Vaccination in the Punjab 1897-1904 - 1897-1904
Year: 1897
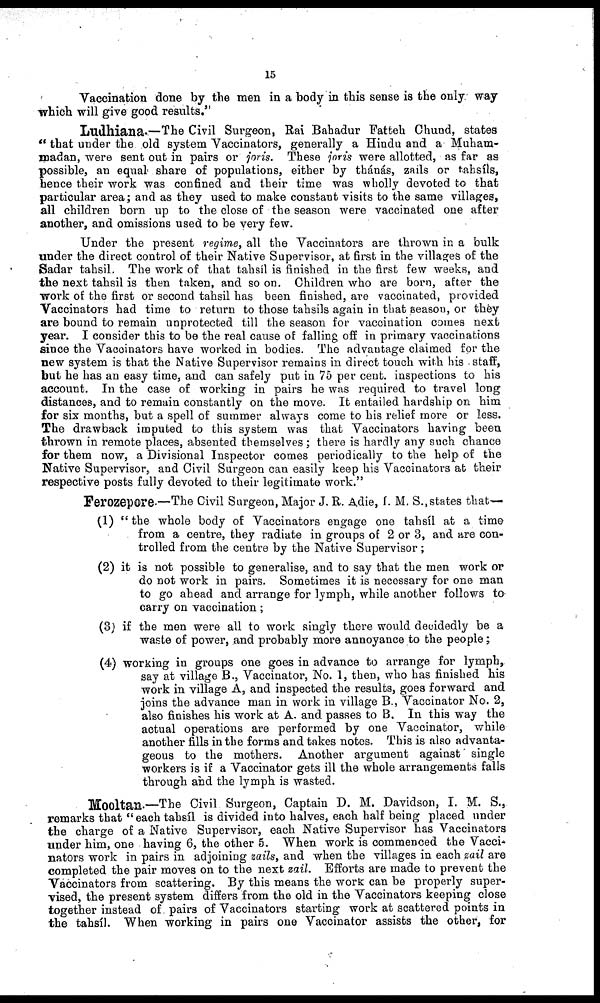
15
Vaccination done by the men in a body in this sense is the only way
which will give good results."
Ludhiana.—The Civil Surgeon, Rai Bahadur Fatteh Chund, states
" that under the old system Vaccinators, generally a Hindu and a Muham¬
madan, were sent out in pairs or joris. These joris were allotted, as far as
possible, an equal share of populations, either by thánás, zails or tahsíls,
hence their work was confined and their time was wholly devoted to that
particular area; and as they used to make constant visits to the same villages,
all children born up to the close of the season were vaccinated one after
another, and omissions used to be very few.
Under the present regime, all the Vaccinators are thrown in a bulk
under the direct control of their Native Supervisor, at first in the villages of the
Sadar tahsil. The work of that tahsíl is finished in the first few weeks, and
the next tahsil is then taken, and so on. Children who are born, after the
work of the first or second tahsil has been finished, are vaccinated, provided
Vaccinators had time to return to those tahsils again in that season, or they
are bound to remain unprotected till the season for vaccination comes next
year. I consider this to be the real cause of falling off in primary vaccinations
since the Vaccinators have worked in bodies. The advantage claimed for the
new system is that the Native Supervisor remains in direct touch with his staff,
but he has an easy time, and can safely put in 75 per cent. inspections to his
account. In the case of working in pairs he was required to travel long
distances, and to remain constantly on the move. It entailed hardship on him
for six months, but a spell of summer always come to his relief more or less.
The drawback imputed to this system was that Vaccinators having been
thrown in remote places, absented themselves; there is hardly any such chance
for them now, a Divisional Inspector comes periodically to the help of the
Native Supervisor, and Civil Surgeon can easily keep his Vaccinators at their
respective posts fully devoted to their legitimate work."
Ferozepore.—The Civil Surgeon, Major J. R. Adie, I. M. S., states that—
(1) "the whole body of Vaccinators engage one tahsíl at a time
from a centre, they radiate in groups of 2 or 3, and are con-
trolled from the centre by the Native Supervisor ;
(2) it is not possible to generalise, and to say that the men work or
do not work in pairs. Sometimes it is necessary for one man
to go ahead and arrange for lymph, while another follows to
carry on vaccination;
(3) if the men were all to work singly there would decidedly be a
waste of power, and probably more annoyance to the people;
(4) working in groups one goes in advance to arrange for lymph,
say at village B., Vaccinator, No. 1, then, who has finished his
work in village A, and inspected the results, goes forward and
joins the advance man in work in village B., Vaccinator No. 2,
also finishes his work at A. and passes to B. In this way the
actual operations are performed by one Vaccinator, while
another fills in the forms and takes notes. This is also advanta-
geous to the mothers. Another argument against single
workers is if a Vaccinator gets ill the whole arrangements falls
through and the lymph is wasted.
Mooltan-—The Civil Surgeon, Captain D. M. Davidson, I. M. S.,
remarks that "each tahsíl is divided into halves, each half being placed under
the charge of a Native Supervisor, each Native Supervisor has Vaccinators
under him, one having 6, the other 5. When work is commenced the Vacci¬
nators work in pairs in adjoining zails, and when the villages in each zail are
completed the pair moves on to the next zail. Efforts are made to prevent the
Vaccinators from scattering. By this means the work can be properly super-
vised, the present system differs from the old in the Vaccinators keeping close
together instead of pairs of Vaccinators starting work at scattered points in
the tahsíl. When working in pairs one Vaccinator assists the other, for